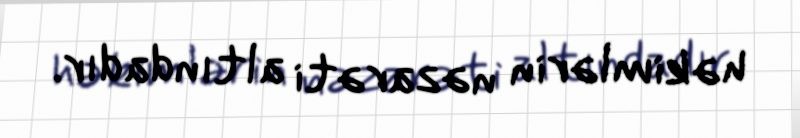
həkimlərin nəzarəti altındadır.